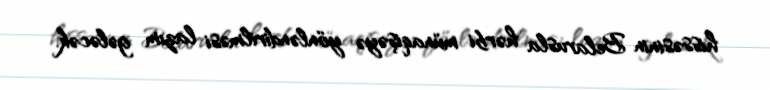
hissəsinin Belarusla hərbi münaqişəyə yönləndirilməsi lazım gələcək.